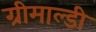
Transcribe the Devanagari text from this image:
ग्रीमाल्डी